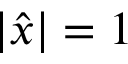
| { \hat { x } } | = 1